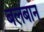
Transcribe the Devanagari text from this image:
बलबान